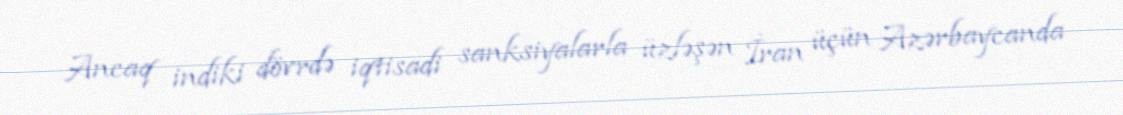
Ancaq indiki dövrdə iqtisadi sanksiyalarla üzləşən İran üçün Azərbaycanda